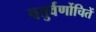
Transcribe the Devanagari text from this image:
चतुर्वर्णोचितें